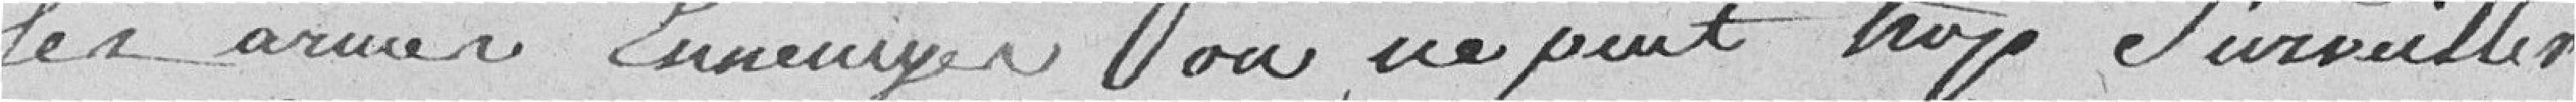
les armes enneuyer on ne peut trop surveiller